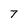
Character: 7